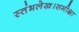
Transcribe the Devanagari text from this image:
स्तंभलेख।समीक्षा